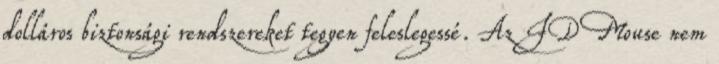
dolláros biztonsági rendszereket tegyen feleslegessé. Az ID Mouse nem